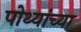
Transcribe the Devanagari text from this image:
पोथ्यांच्या